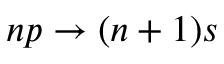
n p \rightarrow ( n + 1 ) s